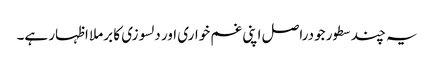
یہ چند سطور جودراصل اپنی غم خواری اور دلسوزی کا برملا اظہار ہے۔